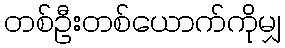
တစ်ဦးတစ်ယောက်ကိုမျှ